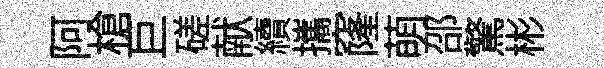
阿槍巨磋献續攜窿萌邵驚彬